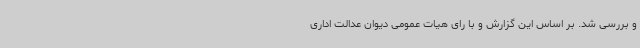
و بررسی شد. بر اساس این گزارش و با رای هیات عمومی دیوان عدالت اداری